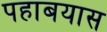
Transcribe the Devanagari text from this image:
पहाबयास